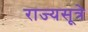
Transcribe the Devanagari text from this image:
राज्यसूत्रे